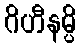
ဂိဟီနမ္ပိ